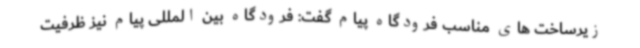
زیرساخت های مناسب فرودگاه پیام گفت: فرودگاه بین المللی پیام نیز ظرفیت